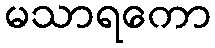
မသာရကော